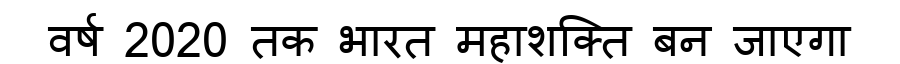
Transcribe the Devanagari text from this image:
वर्ष 2020 तक भारत महाशक्ति बन जाएगा